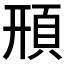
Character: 𩒖